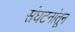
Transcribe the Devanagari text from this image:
संघटनांतून